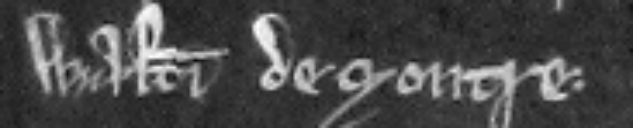
Walteri de Moutre.